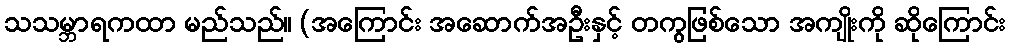
သသမ္ဘာရကထာ မည်သည်။ (အကြောင်း အဆောက်အဦးနှင့် တကွဖြစ်သော အကျိုးကို ဆိုကြောင်း